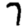
Digit: 7